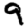
Digit: 9